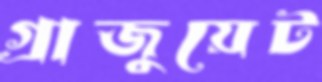
গ্রাজুয়েট